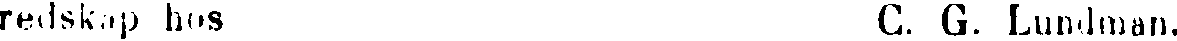
redskap hos C. G. Lundman.